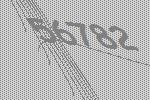
56782